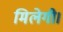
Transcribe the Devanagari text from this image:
मिलेगी।